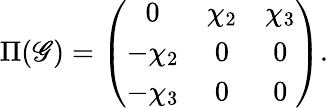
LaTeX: \Pi(\mathscr{G})=\left(\begin{array}{ccc}{{0}}&{{\chi_{2}}}&{{\chi_{3}}}\\ {{-\chi_{2}}}&{{0}}&{{0}}\\ {{-\chi_{3}}}&{{0}}&{{0}}\end{array}\right).